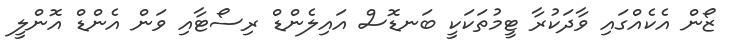
ޒޯން އެކެއްގައި ވާދަކުރާ ޓީމުތަކަކީ ބަނޑޮސް އައިލެންޑް ރިސޯޓާއި ވަން އެންޑް އޮންލީ